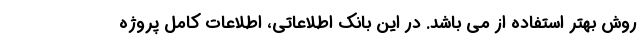
روش بهتر استفاده از می باشد. در این بانک اطلاعاتی، اطلاعات کامل پروژه